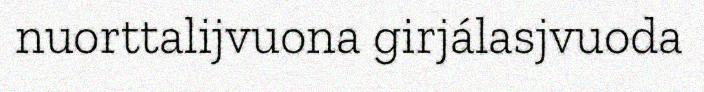
nuorttalijvuona girjálasjvuoda